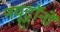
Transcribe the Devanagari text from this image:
नयूट्रॉनों